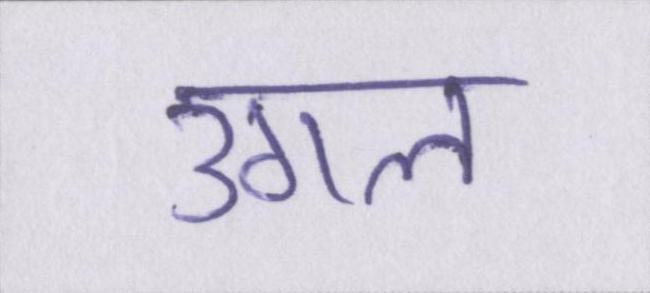
उगल